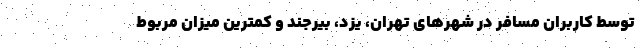
توسط کاربران مسافر در شهرهای تهران، یزد، بیرجند و کمترین میزان مربوط